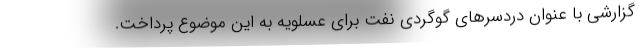
گزارشی با عنوان دردسرهای گوگردی نفت برای عسلویه به این موضوع پرداخت.